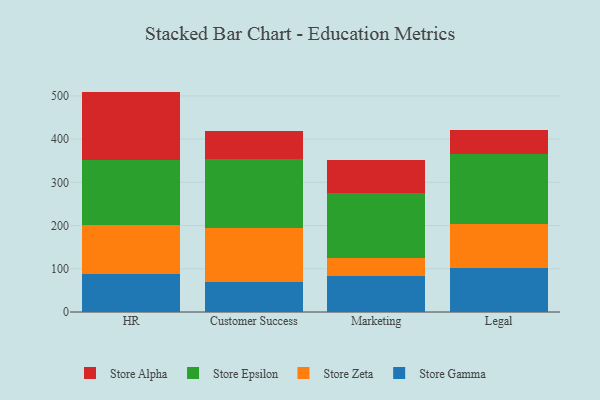
{"axis": {"x": "Department", "y": "Temperature (°C)"}, "legend": ["Store Alpha", "Store Epsilon", "Store Gamma", "Store Zeta"], "data": [{"x": "HR", "y": 87.3, "type": "Store Gamma"}, {"x": "HR", "y": 113.9, "type": "Store Zeta"}, {"x": "HR", "y": 149.6, "type": "Store Epsilon"}, {"x": "HR", "y": 159.1, "type": "Store Alpha"}, {"x": "Customer Success", "y": 69.0, "type": "Store Gamma"}, {"x": "Customer Success", "y": 125.4, "type": "Store Zeta"}, {"x": "Customer Success", "y": 158.8, "type": "Store Epsilon"}, {"x": "Customer Success", "y": 64.5, "type": "Store Alpha"}, {"x": "Marketing", "y": 82.2, "type": "Store Gamma"}, {"x": "Marketing", "y": 43.3, "type": "Store Zeta"}, {"x": "Marketing", "y": 149.5, "type": "Store Epsilon"}, {"x": "Marketing", "y": 77.3, "type": "Store Alpha"}, {"x": "Legal", "y": 102.3, "type": "Store Gamma"}, {"x": "Legal", "y": 101.2, "type": "Store Zeta"}, {"x": "Legal", "y": 161.6, "type": "Store Epsilon"}, {"x": "Legal", "y": 56.9, "type": "Store Alpha"}]}